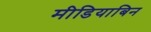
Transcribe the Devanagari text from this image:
मीडियाबिन